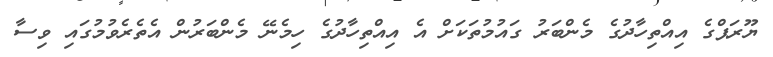
ޔޫރަޕްގެ އިއްތިހާދުގެ މެންބަރު ގައުމުތަކަށް އެ އިއްތިހާދުގެ ހިމެނޭ މެންބަރުން އެތެރެވުމުގައި ވިސާ